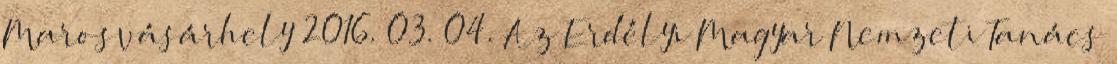
Marosvásárhely 2016. 03. 04. Az Erdélyi Magyar Nemzeti Tanács